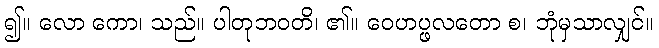
၍။ လော ကော၊ သည်။ ပါတုဘဝတိ၊ ၏။ ဝေဟပ္ဖလတော စ၊ ဘုံမှသာလျှင်။